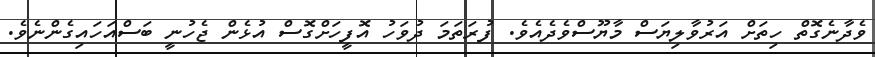
ވެދާނެގޮތް ހިތަށް އަރުވާލިޔަސް މާޔޫސްވެދެއެވެ. ފުރަތަމަ ދުވަހު އޮފީހަށްގޮސް އުޅެން ޖެހުނީ ބަސްއަހައިގެންނެވެ.